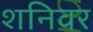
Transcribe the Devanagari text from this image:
शनिवर